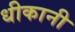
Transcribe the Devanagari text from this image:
धीकानी